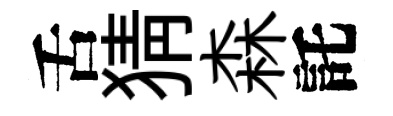
舌猜森託